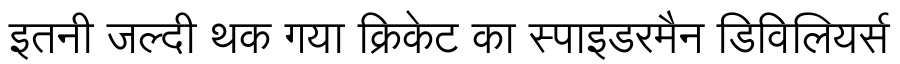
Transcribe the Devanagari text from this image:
इतनी जल्दी थक गया क्रिकेट का स्पाइडरमैन डिविलियर्स